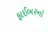
ફાઈબરનો